Report on malaria in the Punjab during the year ...  together with an account of the work of the Punjab Malaria Bureau - Volume 5
Disease focus: Malaria
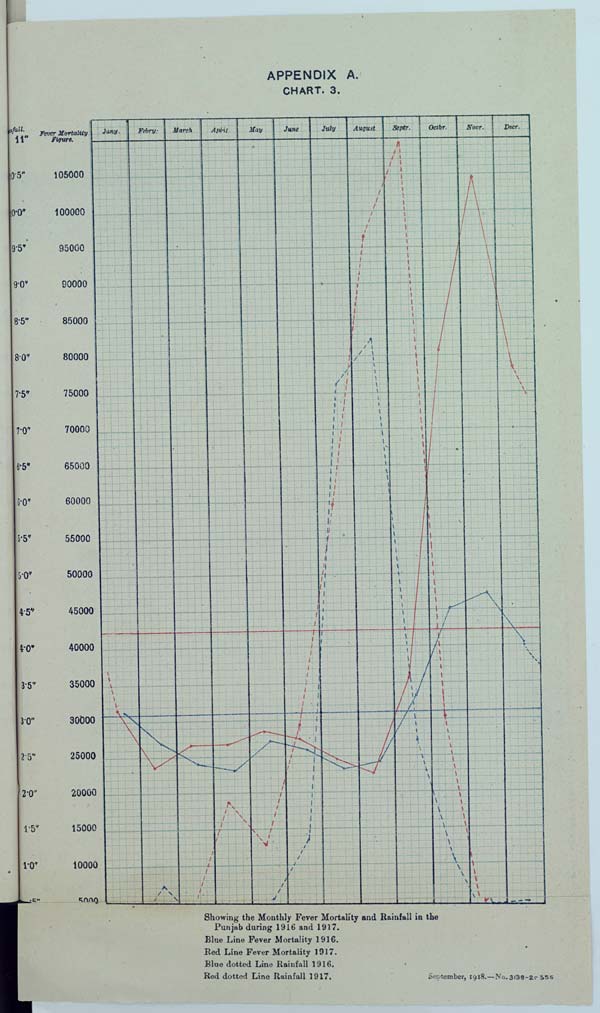
APPENDIX A.
CHART. 3.
Showing the Monthly Fever Mortality and Rainfall in the
Punjab daring 1916 and 1917.
Blue Line Few Mortality 1916.
Bed Line Fever Mortality 1917.
Blue dotted Line Rainfall 1916.
Red dotted Line Rainfall 1917. September, 1918.-No.3138-2.-356